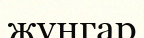
жунгар